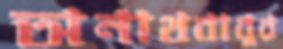
অনাথবাবুর